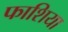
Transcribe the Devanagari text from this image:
फाशिया